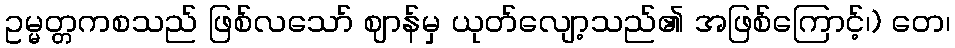
ဥမ္မတ္တကစသည် ဖြစ်လသော် ဈာန်မှ ယုတ်လျော့သည်၏ အဖြစ်ကြောင့်၊) တေ၊